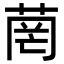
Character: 菵